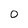
Character: 0